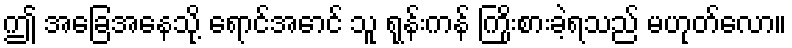
ဤ အခြေအနေသို့ ရောင်အောင် သူ ရုန်းကန် ကြိုးစားခဲ့ရသည် မဟုတ်လော။